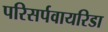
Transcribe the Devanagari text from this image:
परिसर्पवायरिडा